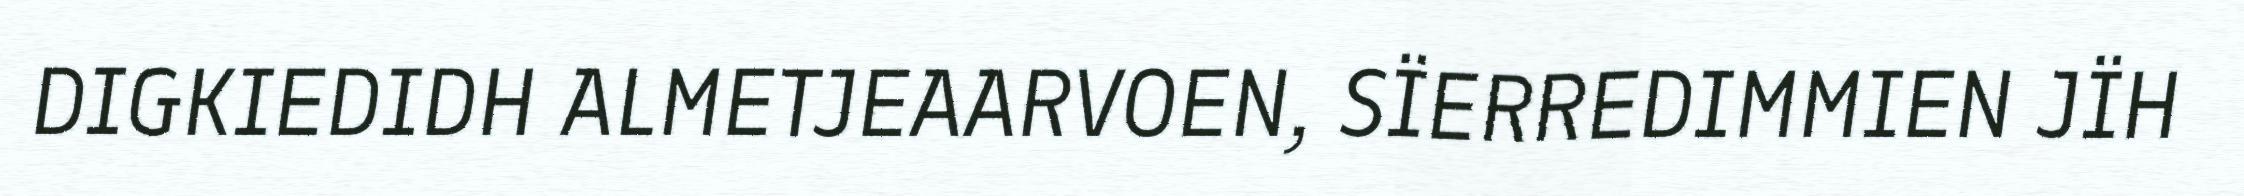
DIGKIEDIDH ALMETJEAARVOEN, SÏERREDIMMIEN JÏH